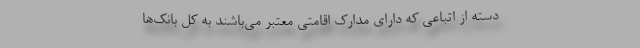
دسته از اتباعی که دارای مدارک اقامتی معتبر می‌باشند به کل بانک‌ها